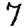
Digit: 7